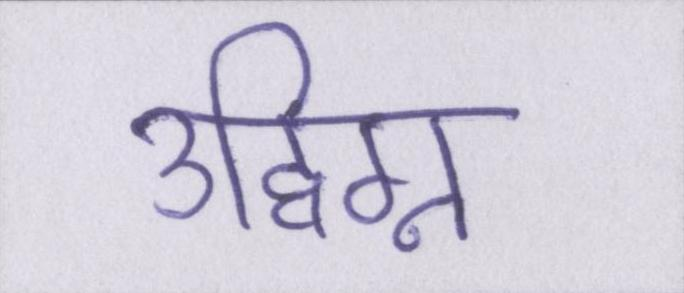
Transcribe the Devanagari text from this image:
उद्विग्न